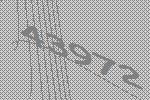
43972